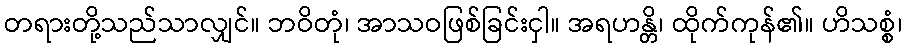
တရားတို့သည်သာလျှင်။ ဘဝိတုံ၊ အာသဝဖြစ်ခြင်းငှါ။ အရဟန္တိ၊ ထိုက်ကုန်၏။ ဟိသစ္စံ၊